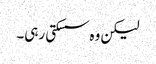
لیکن وہ سسکتی رہی۔